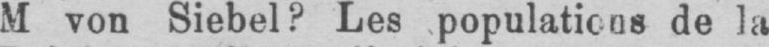
M von Siebel? Les populations de la